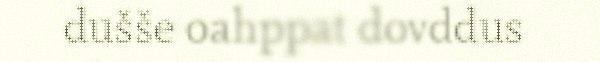
dušše oahppat dovddus